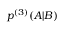
p ^ { ( 3 ) } ( A | B )